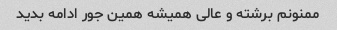
ممنونم برشته و عالی همیشه همین جور ادامه بدید